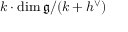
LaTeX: k \cdot \dim { \mathfrak { g } } / ( k + h ^ { \vee } )